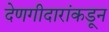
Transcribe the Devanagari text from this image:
देणगीदारांकडून